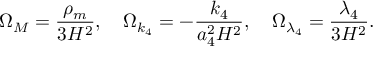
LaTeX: \Omega _ { M } = \frac { \rho _ { m } } { 3 H ^ { 2 } } , \quad \Omega _ { k _ { 4 } } = - \frac { k _ { 4 } } { a _ { 4 } ^ { 2 } H ^ { 2 } } , \quad \Omega _ { \lambda _ { 4 } } = \frac { \lambda _ { 4 } } { 3 H ^ { 2 } } .